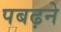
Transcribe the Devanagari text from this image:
पबढ़ने